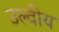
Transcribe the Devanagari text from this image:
उल्वीय